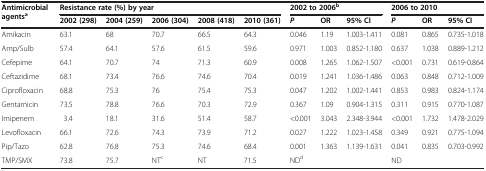
<table><thead><tr><td rowspan="2"><b>Antimicrobial agents<sup>a</sup></b></td><td colspan="5"><b>Resistance rate (%) by year</b></td><td colspan="3"><b>2002 to 2006<sup>b</sup></b></td><td colspan="3"><b>2006 to 2010</b></td></tr><tr><td><b>2002 (298)</b></td><td><b>2004 (259)</b></td><td><b>2006 (304)</b></td><td><b>2008 (418)</b></td><td><b>2010 (361)</b></td><td><b><i>P</i></b></td><td><b>OR</b></td><td><b>95% CI</b></td><td><b><i>P</i></b></td><td><b>OR</b></td><td><b>95% CI</b></td></tr></thead><tbody><tr><td>Amikacin</td><td>63.1</td><td>68</td><td>70.7</td><td>66.5</td><td>64.3</td><td>0.046</td><td>1.19</td><td>1.003-1.411</td><td>0.081</td><td>0.865</td><td>0.735-1.018</td></tr><tr><td>Amp/Sulb</td><td>57.4</td><td>64.1</td><td>57.6</td><td>61.5</td><td>59.6</td><td>0.971</td><td>1.003</td><td>0.852-1.180</td><td>0.637</td><td>1.038</td><td>0.889-1.212</td></tr><tr><td>Cefepime</td><td>64.1</td><td>70.7</td><td>74</td><td>71.3</td><td>60.9</td><td>0.008</td><td>1.265</td><td>1.062-1.507</td><td>&lt;0.001</td><td>0.731</td><td>0.619-0.864</td></tr><tr><td>Ceftazidime</td><td>68.1</td><td>73.4</td><td>76.6</td><td>74.6</td><td>70.4</td><td>0.019</td><td>1.241</td><td>1.036-1.486</td><td>0.063</td><td>0.848</td><td>0.712-1.009</td></tr><tr><td>Ciprofloxacin</td><td>68.8</td><td>75.3</td><td>76</td><td>75.4</td><td>75.3</td><td>0.047</td><td>1.202</td><td>1.002-1.441</td><td>0.853</td><td>0.983</td><td>0.824-1.174</td></tr><tr><td>Gentamicin</td><td>73.5</td><td>78.8</td><td>76.6</td><td>70.3</td><td>72.9</td><td>0.367</td><td>1.09</td><td>0.904-1.315</td><td>0.311</td><td>0.915</td><td>0.770-1.087</td></tr><tr><td>Imipenem</td><td>3.4</td><td>18.1</td><td>31.6</td><td>51.4</td><td>58.7</td><td>&lt;0.001</td><td>3.043</td><td>2.348-3.944</td><td>&lt;0.001</td><td>1.732</td><td>1.478-2.029</td></tr><tr><td>Levofloxacin</td><td>66.1</td><td>72.6</td><td>74.3</td><td>73.9</td><td>71.2</td><td>0.027</td><td>1.222</td><td>1.023-1.458</td><td>0.349</td><td>0.921</td><td>0.775-1.094</td></tr><tr><td>Pip/Tazo</td><td>62.8</td><td>76.8</td><td>75.3</td><td>74.6</td><td>68.4</td><td>0.001</td><td>1.363</td><td>1.139-1.631</td><td>0.041</td><td>0.835</td><td>0.703-0.992</td></tr><tr><td>TMP/SMX</td><td>73.8</td><td>75.7</td><td>NT<sup>c</sup></td><td>NT</td><td>71.5</td><td>ND<sup>d</sup></td><td> </td><td> </td><td>ND</td><td> </td><td> </td></tr></tbody></table>